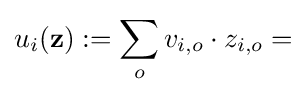
u_{i}(\mathbf {z} ):=\sum _{o}v_{i,o}\cdot z_{i,o}=